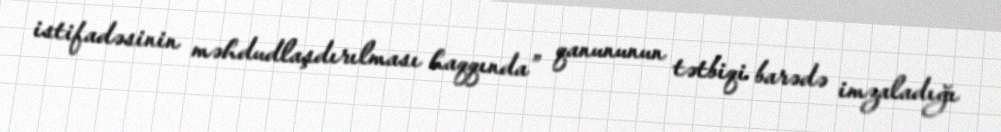
istifadəsinin məhdudlaşdırılması haqqında” qanununun tətbiqi barədə imzaladığı